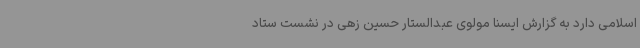
اسلامی دارد به گزارش ایسنا مولوی عبدالستار حسین زهی در نشست ستاد